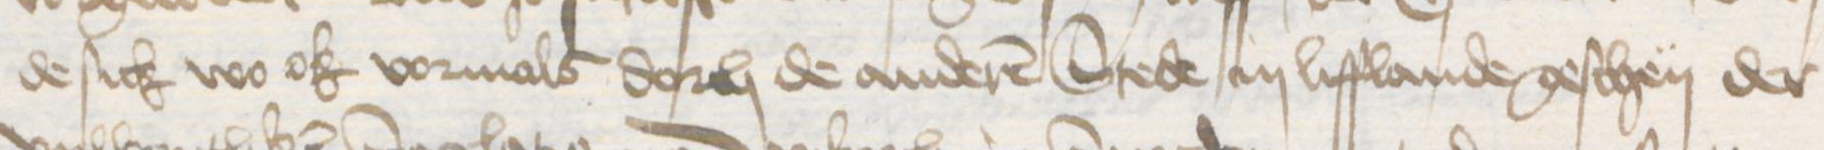
de sick wo ok vormals dorch de anderen Stede in Lifflande geschen der